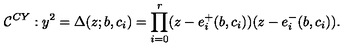
{ \cal C } ^ { C Y } : y ^ { 2 } = \Delta ( z ; b , c _ { i } ) = \prod _ { i = 0 } ^ { r } ( z - e _ { i } ^ { + } ( b , c _ { i } ) ) ( z - e _ { i } ^ { - } ( b , c _ { i } ) ) .